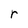
Character: r